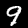
Label: 9